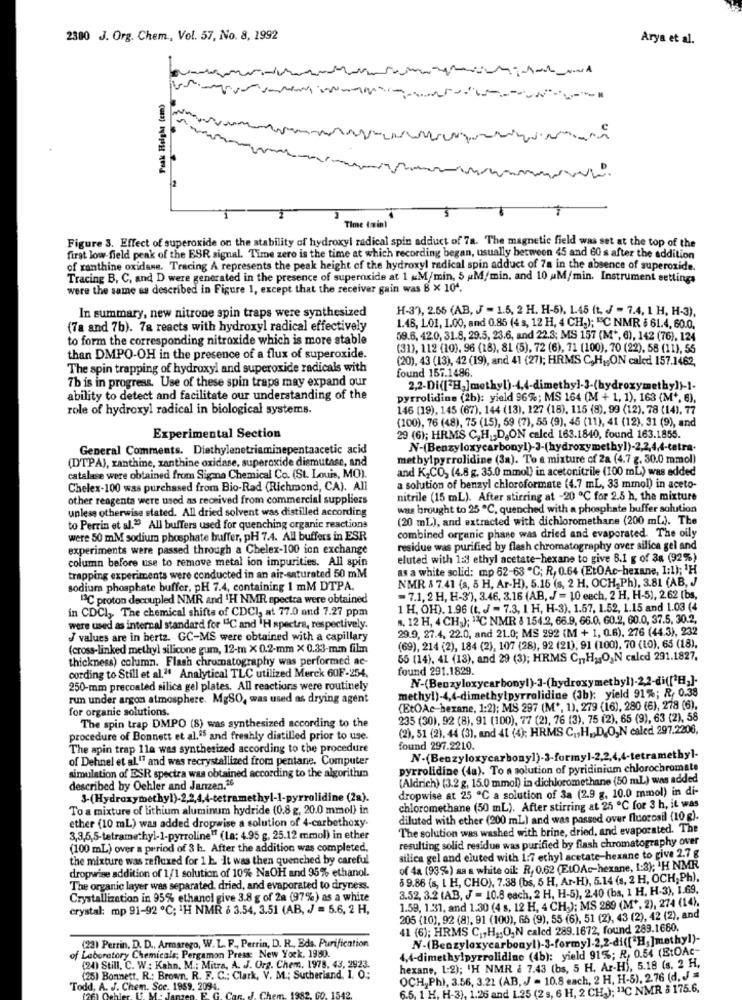
2300 J. Org. Chem ., Vol. 57, No. 8, 1992
Arya et al.
.
Peak Height (em)
Time (min)
Figure 3. Effect of superoxide on the stability of hydroxyl radical spin adduct of 7a. The magnetic field was set at the top of the
first low-field peak of the ESR signal. Time zero is the time at which recording began, usually between 45 and 60 s after the addition
of xanthine oxidane. Tracing A represents the peak height of the hydroxyl radical spin adduct of 78 in the absence of superoxide.
Tracing B, C, and D were generated in the presence of superoxide at 1 &M/min, 5 uM/min. and 10 uM/min. Instrument settings
were the same as described in Figure 1, except that the receiver gain was 8 x 104.
H-3), 2.56 (AB, J - 1.5, 2 H. H-6). 1.45 (t. J = 7.4, 1 H, H-3).
In summary, new nitrone spin traps were synthesized
(7a and 7b). 7a reacts with hydroxyl radical effectively
1.48, 101, 1.00, and 0.85 (4 s, 12 H, 4 CH,); "C NMR $ 61.4, 60.0.
to form the corresponding nitroxide which is more stable
59.6, 42.0, 31.8, 29.5, 23.6, and 22.3; MS 157 (M', 6), 142 (76), 124
(31), 112 (10), 96 (18), 81 (5), 72 (6), 71 (100), 70 (22), 58 (11), 55
than DMPO-OH in the presence of a flux of superoxide.
(20), 43 (13), 42 (19), and 41 (27); HRMS C,H1,ON caled 157.1462,
The spin trapping of hydroxyl and superoxide radicals with
found 157.1486.
7b is in progress. Use of these spin traps may expand our
2,2-Di([2H,]methyl)-4,4-dimethyl-3-(hydroxymethy]}-1.
ability to detect and facilitate our understanding of the
pyrrolidine (2b): yield 96%; MS 164 (M + 1, 1), 163 (M *, 6).
role of hydroxyl radical in biological systems.
146 (19), 145 (67), 144 (13). 127 (18), 115 (8), 99 (12). 78 (14). 77
(100), 76 (48), 75 (15), 59 (7), 55 (9), 45 (11), 41 (12), 31 (9), and
Experimental Section
29 (6); HRMS C,H ., D,ON caled 163.1840, found 163.1855.
General Comments. Diethylenetriaminepentaacetic acid
N-(Benzyloxycarbonyl)-3-(hydroxymethyl)-2,2,4,4-tetra-
(DTPA), xanthine, xanthine oxidase, superoxide diemutase, and
methylpyrrolidine (3a). To a mixture of 2a (4.7 g. 30.0 mmol)
and K,CO, (4.8 g. 35.0 mmol) in acetonitrile (100 ml) was added
catalase were obtained from Sigana Chemical Co. (St. Louis, MO).
Chelex-100 was purchased from Bio-Rad (Richmond, CA). All
a solution of benzyl chloroformate (4.7 mL, 33 mmol) in aceto-
other reagenta were used as received from commercial suppliers
nitrile (15 mL). After stirring at -20 ℃ for 2.5 h, the mixture
unless otherwise stated. All dried solvent was distilled according
was brought to 25 ℃, quenched with a phosphate buffer solution
(20 mL), and extracted with dichloromethane (200 ml). The
to Perrin et al." All buffers used for quenching organic reactions
were 50 mM sodium phosphate buffer, pH 7.4. All buffers in ESR
combined organic phase was dried and evaporated. The oily
experiments were passed through a Chelex-100 ion exchange
residue was purified by flash chromatography over silica gel and
column before use to remove metal ion impurities. All spin
eluted with las ethyl acetate-hexane to give 8.1 g of 3a (92%)
as a white solid: mp 62-63 ℃; R, 0.64 (EtOAc-hexane, 1:1); 'H
trapping experiments were conducted in an air-saturated 50 mM
NMR & 7.41 (s, 5 H, Ar-H), 5.15 (s, 2 H, OCH,Ph), 3.81 (AB, J
sodium phosphate buffer, pH 7.4, containing 1 mM DTPA.
2℃ proton decoupled NMR and 'H NMR spectra were obtained
=7.1,2 H, H-3'), 3.46, 3.16 (AB, J = 10 eech, 2 H, H-5), 2.62 (bs,
in CDCI ,, The chemical shifts of CDCI, at 77.0 and 7.27 ppm
1 H. OH). 1.96 (t. J = 7.3, 1 H, H-3). 1.57, 1.52, 1.15 and 1.03 (4
8, 12 H, 4 CH2); "3C NMR 8 154.2, 66.9, 66.0, 60.2, 60.0, 37.5, 30.2.
were used as internal standard for "C and 'H spectra, respectively.
29.9, 27.4, 22.0, and 21.0; MS 292 (M + 1, 0.6). 276 (44.3), 232
J values are in hertz. GC-MS were obtained with a capillary
(cross-linked methyl silicone gum, 12-m X 0.2-mm × 0.33-mm film
(69), 214 (2), 184 (2), 107 (28), 92 (21), 91 (100). 70 (10), 65 (18).
thickness) column. Flash chromatography was performed ac-
55 (14), 4L (13), and 29 (3); HRMS CH2JO,N caled 291.1827.
found 291.1829.
cording to Still et al." Analytical TLC utilized Merck 60F-254.
250-mm precoated silica gel plates. All reactions were routinely
methyl)-4,4-dimethylpyrrolidine (Jb); yield 91%; R, 0.38
run under argon atmosphere. MgSO, was used as drying agent
for organic solutions.
(EtOAc hexane, 1:2); MS 297 (M', 1), 279 (16), 280 (6), 278 (6),
The spin trap DMPO (8) was synthesized according to the
235 (30), 92 (8), 91 (100), 77 (2), 76 (3), 75 (2), 65 (9), 63 (2), 58
(2). 51 (2). 44 (3), and 41 (4); HRMS C ., H ., D.O,N caled 297.2206,
procedure of Bonnett et al.ª5 and freshly distilled prior to use.
The apin trap 11a was synthesized according to the procedure
found 297.2210.
of Dehnel et al." and was recrystallized from pentane. Computer
pyrrolidine (da). To a solution of pyridinium chlorochromate
simulation of ESR spectra was obtained according to the algorithm
[Aldrich) (3.2 g, 15.0 mmol) in dichloromethane (50 ml) was added
described by Oehler and Janzen.26
dropwise at 25 ℃ a solution of 3a (2.9 g. 10.0 mmol) in di-
3-(Hydroxymethyl)-2,2,4,4-tetramethyl-1-pyrrolidine (2a).
To a mixture of lithium aluminum hydride (0.8 g, 20.0 mmol) in
chloromethane (50 mL). After stirring at 25 ℃ for 3 h, it was
ether (10 mL) was added dropwise a solution of 4-carbethoxy-
diluted with ether (200 mL) and was passed over fluorosil (10 g).
The solution was washed with brine, dried, and evaporated. The
3,3,5,5-tetramethyl-1-pyrroline" (La: 4.95 g, 25.12 mmol) in ether
resulting solid residue was purified by flash chromatography over
(100 mL) over a period of 3 h. After the addition was completed.
the mixture was refluxed for 1 h. It was then quenched by careful
silica gel and eluted with 1:7 ethyl acetate-hexane to give 2.7 g
dropwise addition of 1/1 solution of 10% NaOH and 95% ethanol.
of 4a (93%) sa a white oil: R, 0.62 (ELOAc-hexane, 1:3); H NMR
59.86 (s, L H, CHO), 7.38 (bs, 5 H, Ar-H), 5.14 (s, 2 H, OCH, Ph),
The organic layer was separated, dried, and evaporated to dryness.
3.52, 3.2 (AB, J = 10.8 each, 2 H, H-5), 2.40 (bs, 1 H. H-3), 1.69.
Crystallization in 95% ethanol give 3.8 g of 2a (97%) as a white
crystal: mp 91-92 ℃; 1H NMR & 3.54, 3.51 (AB, J = 5.6, 2 H,
1.59, 1.31, and 1.30 (4 s, 12 H, 4 CH); MS 289 (M *, 2), 274 (14).
205 (10), 92 (8). 91 (100), 65 (9), 55 (6), 51 (2), 43 (2), 42 (2), and
41 (6); HRMS C ., H3;ON caled 289.1672, found 289.1680.
N-(Benzyloxycarbonyl)-3-formy].2,2-di(["H,]methyl)-
(23) Perrin. D. D ., Armarego, W. L. F ., Perrin, D. R ., Eds. Purification
4,4-dimethylpyrrolidine (4b): yield 91%; R, 0.54 (EtOAc-
of Laboratory Chemicals; Pergamon Press: New York. 1950.
(24) Still. C. W: Kahn, M .: Mitra, A. J. Org. Chem. 1975, 43, 2923.
hexane, 1:2); 'H NMR & 7.43 (bs, 5 H. Ar-Hi, 5.18 (s. 2 H.
(25) Bonnett, R .: Brown. R. F. C .: Clark, V. M .; Sutherland, 1. 0;
OCH,Ph), 3.56, 3.21 (AB, J = 10.8 each, 2 H. H-5), 2.76 (d. J =
Todd, A. J. Chem. Sce. 1959. 2094.
1 H. H-3).
and 1.25 (2 s, 6 H, 2 CH.); "IC NMR 3 175.6.